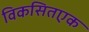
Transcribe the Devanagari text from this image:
विकसितएक